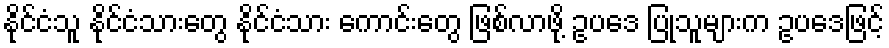
နိုင်ငံသူ နိုင်ငံသားတွေ နိုင်ငံသား ကောင်းတွေ ဖြစ်လာဖို့ ဥပဒေ ပြုသူများက ဥပဒေဖြင့်